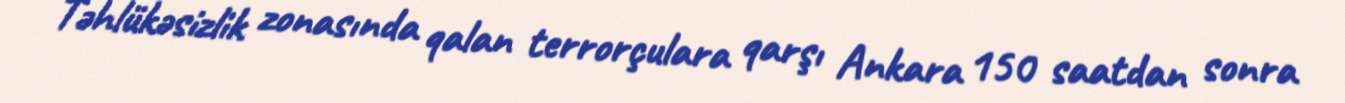
Təhlükəsizlik zonasında qalan terrorçulara qarşı Ankara 150 saatdan sonra